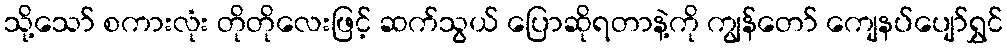
သို့သော် စကားလုံး တိုတိုလေးဖြင့် ဆက်သွယ် ပြောဆိုရတာနဲ့ကို ကျွန်တော် ကျေနပ်ပျော်ရွှင်